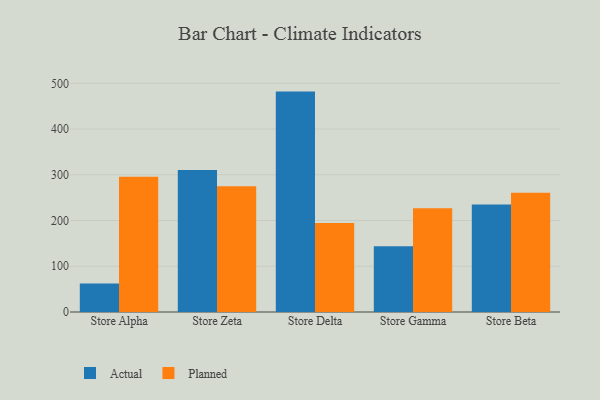
{"axis": {"x": "Store", "y": "Revenue (USD Million)"}, "legend": ["Actual", "Planned"], "data": [{"x": "Store Alpha", "y": 62.2, "type": "Actual"}, {"x": "Store Alpha", "y": 295.8, "type": "Planned"}, {"x": "Store Zeta", "y": 310.6, "type": "Actual"}, {"x": "Store Zeta", "y": 274.9, "type": "Planned"}, {"x": "Store Delta", "y": 481.9, "type": "Actual"}, {"x": "Store Delta", "y": 194.6, "type": "Planned"}, {"x": "Store Gamma", "y": 144.0, "type": "Actual"}, {"x": "Store Gamma", "y": 227.0, "type": "Planned"}, {"x": "Store Beta", "y": 235.1, "type": "Actual"}, {"x": "Store Beta", "y": 261.0, "type": "Planned"}]}